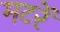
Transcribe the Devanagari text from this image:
मटरें